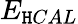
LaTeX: E_{\mathtt{H}CAL}